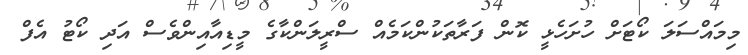
މިމައްސަލަ ކޯޓަށް ހުށަހެޅީ ކޮން ފަރާތަކުންކަމެއް ސްރީލަންކާގެ މީޑިއާއިންވެސް އަދި ކޯޓު އެފް